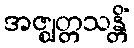
အဇ္ဈတ္တသန္တိံ